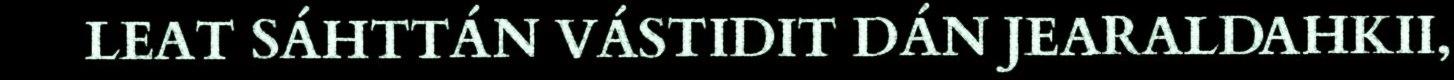
LEAT SÁHTTÁN VÁSTIDIT DÁN JEARALDAHKII,